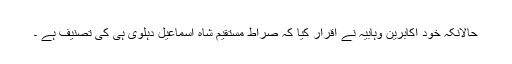
حالانکہ خود اکابرین وہابیہ نے اقرار کیا کہ صراط مستقیم شاہ اسماعیل دہلوی ہی کی تصنیف ہے ۔